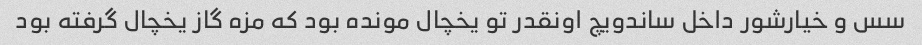
سس و خیارشور داخل ساندویچ اونقدر تو یخچال مونده بود که مزه گاز یخچال گرفته بود